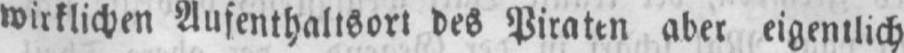
wirklichen Aufenthaltsort des Piraten aber eigentlich